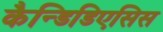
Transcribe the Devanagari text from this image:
कैन्डिडिएसिस